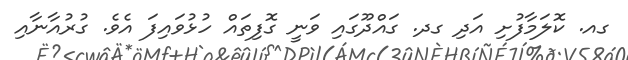
ގއ. ކޮލަމާފުށި އަދި ގދ. ގައްދޫގައި ވަނީ ގޮފިތައް ހުޅުވައިފަ އެވެ. ގުރުއާނާއި